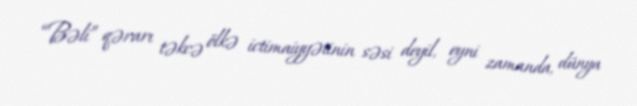
“Bəli” qərarı təkcə ölkə ictimaiyyətinin səsi deyil, eyni zamanda, dünya